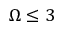
\Omega \leq 3